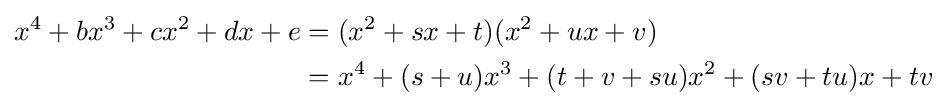
{\begin{aligned}x^{4}+bx^{3}+cx^{2}+dx+e&=(x^{2}+sx+t)(x^{2}+ux+v)\\&=x^{4}+(s+u)x^{3}+(t+v+su)x^{2}+(sv+tu)x+tv\end{aligned}}